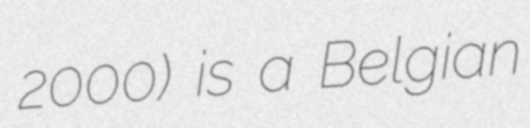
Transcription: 2000) is a Belgian